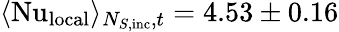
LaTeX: \langle\mathrm{Nu}_{\textrm{local}}\rangle_{N_{S\textrm{,inc}},t}=4.53\pm 0.16